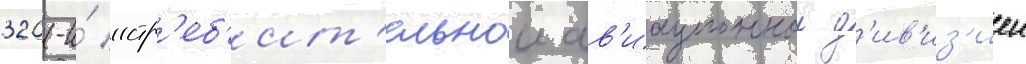
320-и́ истр'еб'ит'ельнои ав'иационнои д'ив'из'иеи